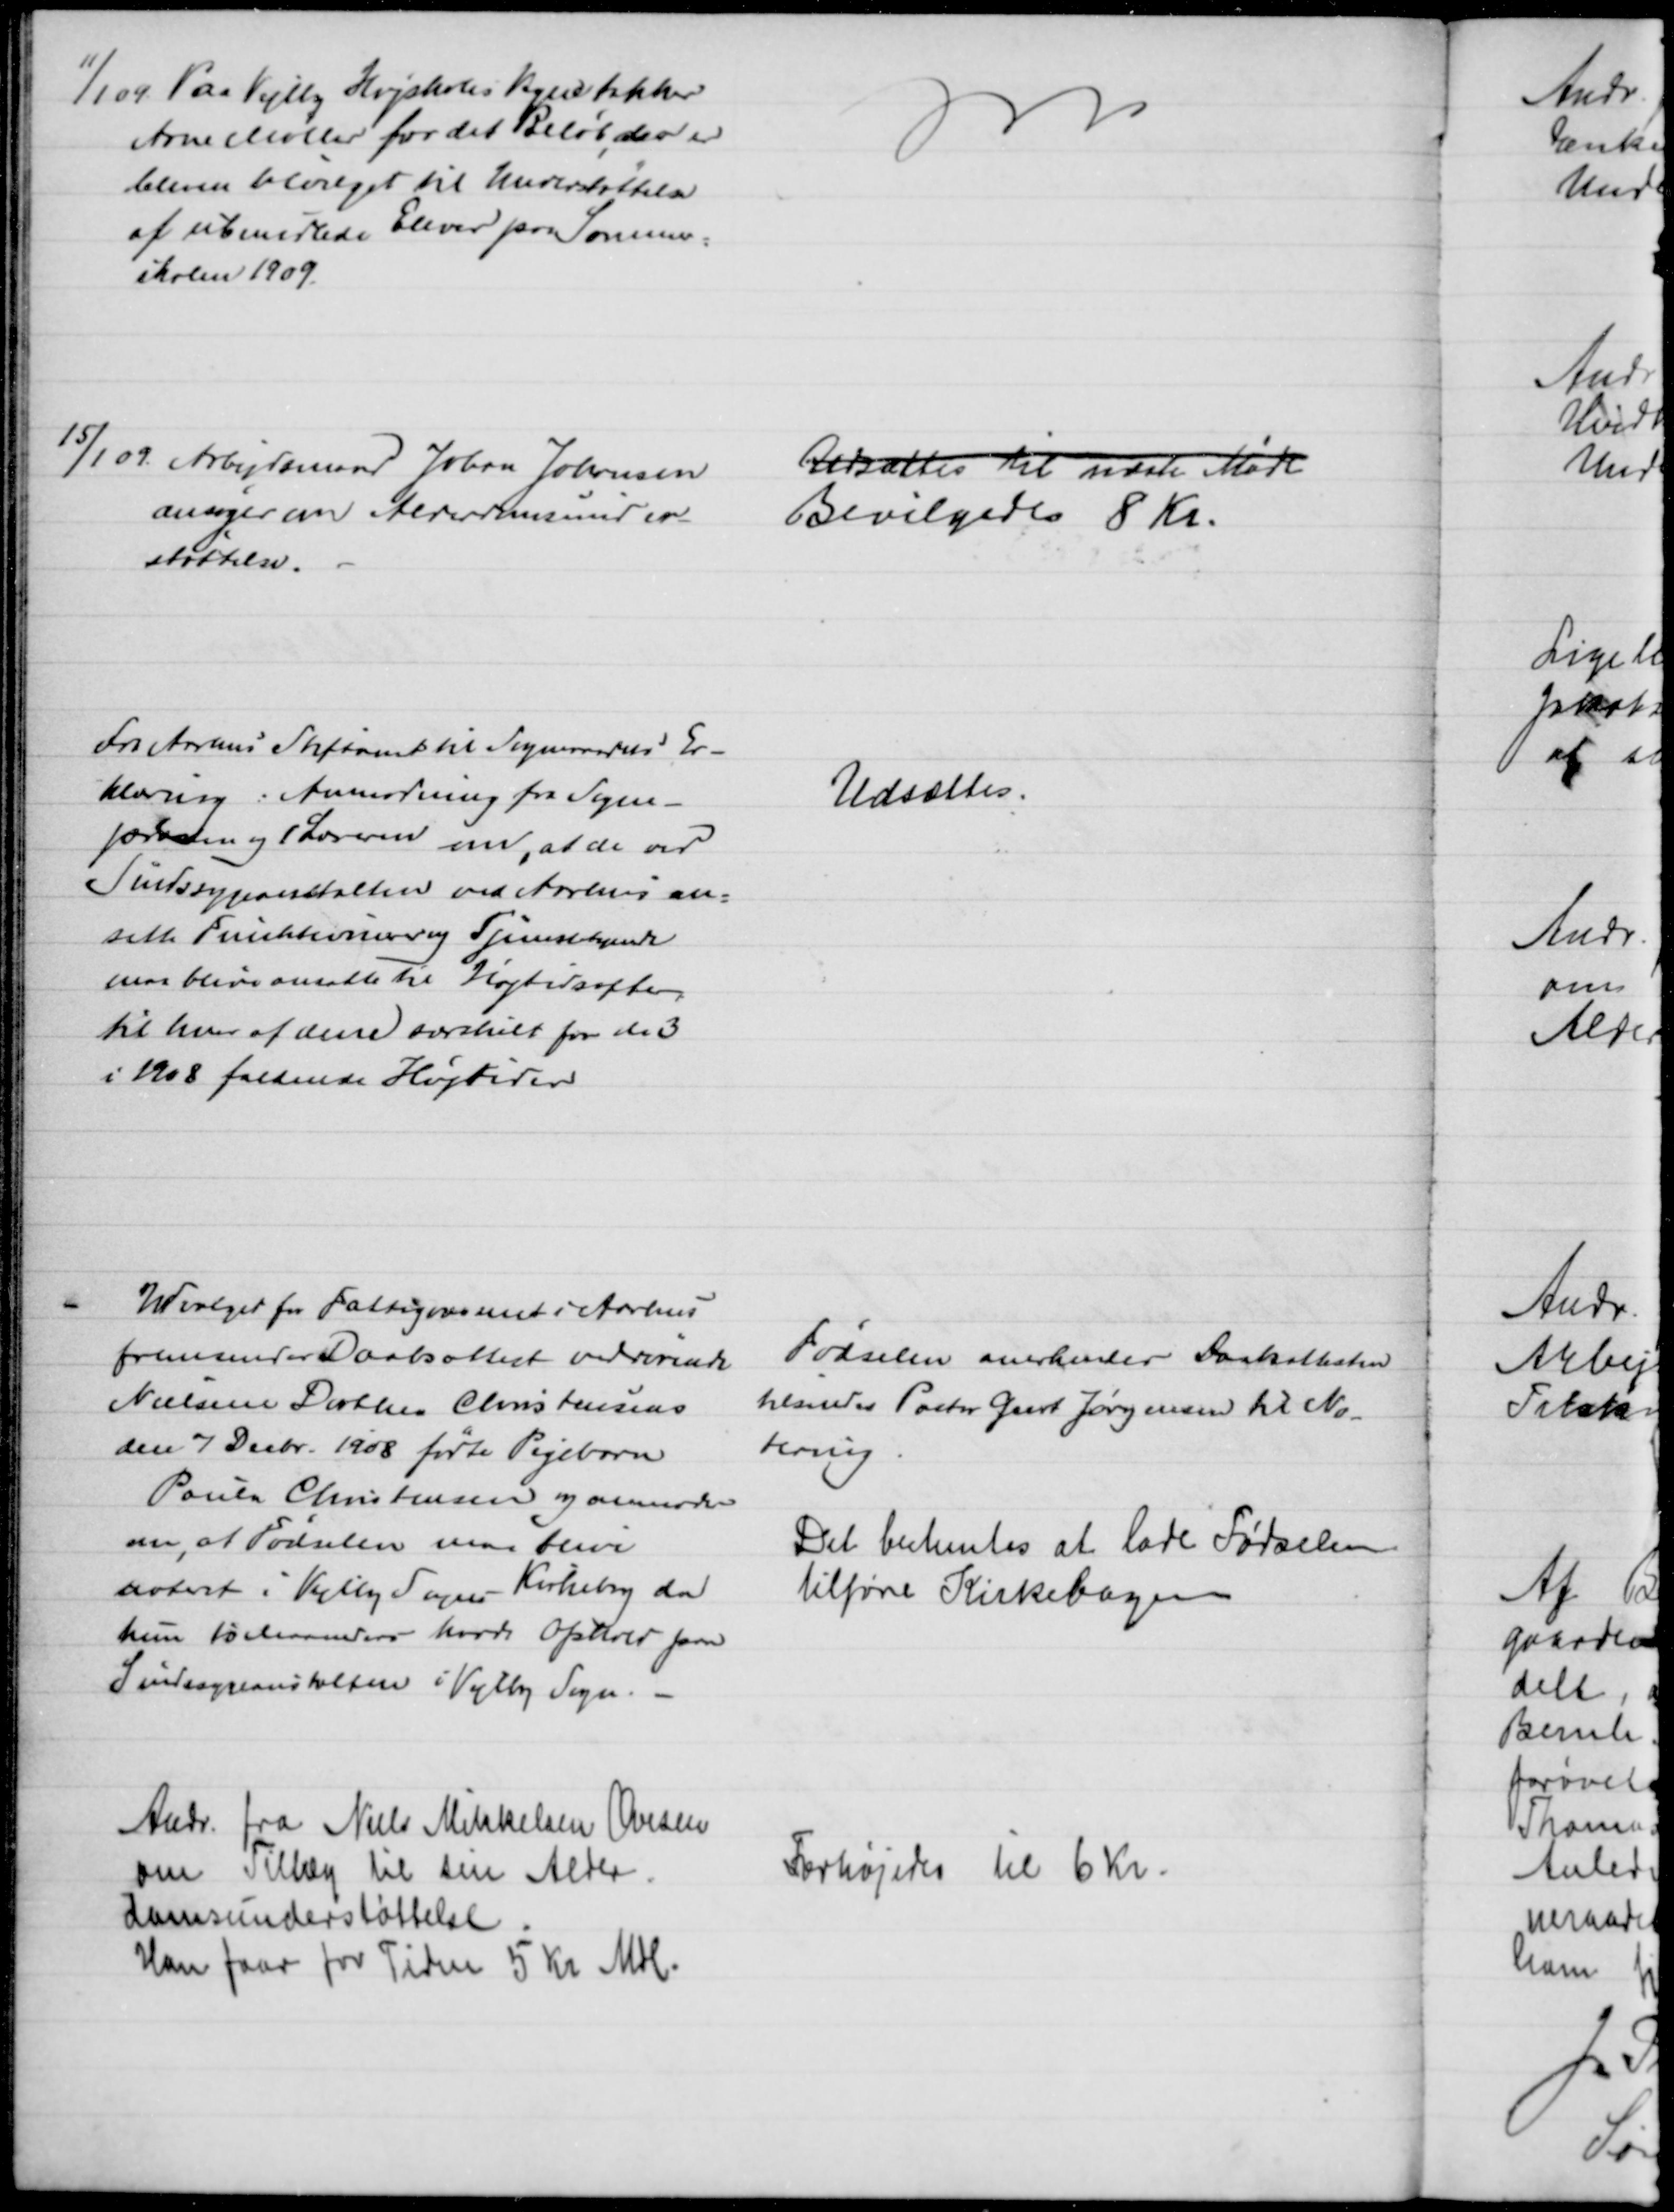
Transskription:
11/1 09 Paa Vejlby Højskoles Vegne takker
Arne Møller for det Beløb, der er
bleven bevilget til Understøttelse
af ubemidlede Elever paa Sommer-
skolen 1909
15/1 09.  Arbejdsmand Johan Johansen
ansøger om Alderdomsunder-
støttelse.
Udsættes til næste Møde
Bevilgedes 8 Kr.
Fra Aarhus Stiftamt til Sogneraadets Er-
klæring: Anmodning fra Sogne-
præsten og 1 Læreren om, at de ved
Sindssygeanstalten ved Aarhus an-
satte Funktionærer og Tjenestetyende
maa blive ansatte til Højtidsoffer,
til hver af disse særskilt for de 3
i 1908 faldende Højtider
Udsættes.
Udvalget for Fattigvæsenet i Aarhus
fremsender Daabsattest vedrørende
Nielsine Dorthea Christensens
den 7 Decbr. 1908 fødte Pigebarn
Poula Christensen og anmoder
om, at Fødselen var blive
noteret i Vejlby Sogns Kirkebog da
hun 10 Maaneders havde Ophold paa
Sindssygeanstalten i Vejlby Sogn.
Fødselen anerkendes Daabsattesten
tilsendes Pastor Geert Jørgensen til No-
tering.
Det bestemtes at lade Fødselen
tilføre Kirkebogen
Andr. fra Niels Mikkelsen Ovesen
om Tillæg til sin Alder-
domsunderstøttelse.
Han faar for Tiden 5 Kr Mdl.
Forhøjedes til 6 Kr.